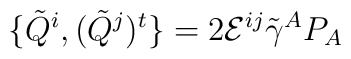
\{\tilde{Q}^{i},(\tilde{Q}^{j})^{t}\}=2{\cal E}^{ij}\tilde{\gamma}^{A}P_{A}